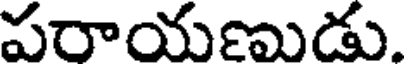
పరాయణుడు.